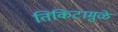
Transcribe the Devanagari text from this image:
तिकिटामुळे